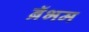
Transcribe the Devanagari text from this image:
ब्रॅभम